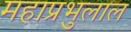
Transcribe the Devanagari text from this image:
महाप्रभुलाल